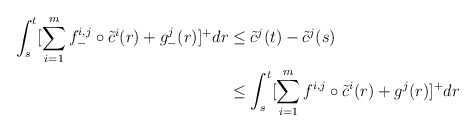
\begin{align*}\int_s^t[\sum_{i=1}^m f^{i,j}_-\circ \tilde{c}^i(r)+g^j_-(r)]^+dr&\leq\tilde{c}^j(t)-\tilde{c}^j(s)\\&\leq \int_s^t[\sum_{i=1}^m f^{i,j}\circ\tilde{c}^i(r)+g^j(r)]^+dr\end{align*}